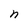
Character: n